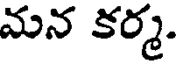
మన కర్మ.